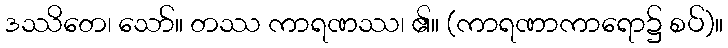
ဒဿိတေ၊ သော်။ တဿ ကာရဏဿ၊ ၏။ (ကာရဏာကာရော၌ စပ်)။